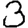
Digit: 3